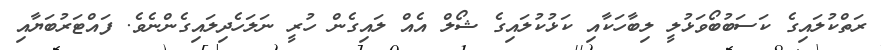
ރަތްކުލައިގެ ކަސަބުބޯވަޅުލީ ލިބާހަކާއި ކަޅުކުލައިގެ ޝޯލް އެއް ލައިގެން ހުރީ ނަލަހެދިލައިގެންނެވެ. ފައްޓަރުބަޔާއި